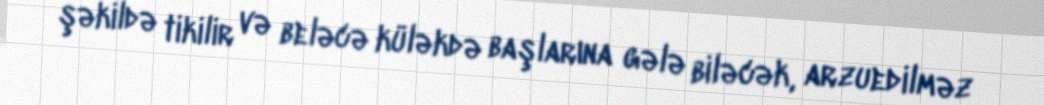
şəkildə tikilir və beləcə küləkdə başlarına gələ biləcək, arzuedilməz